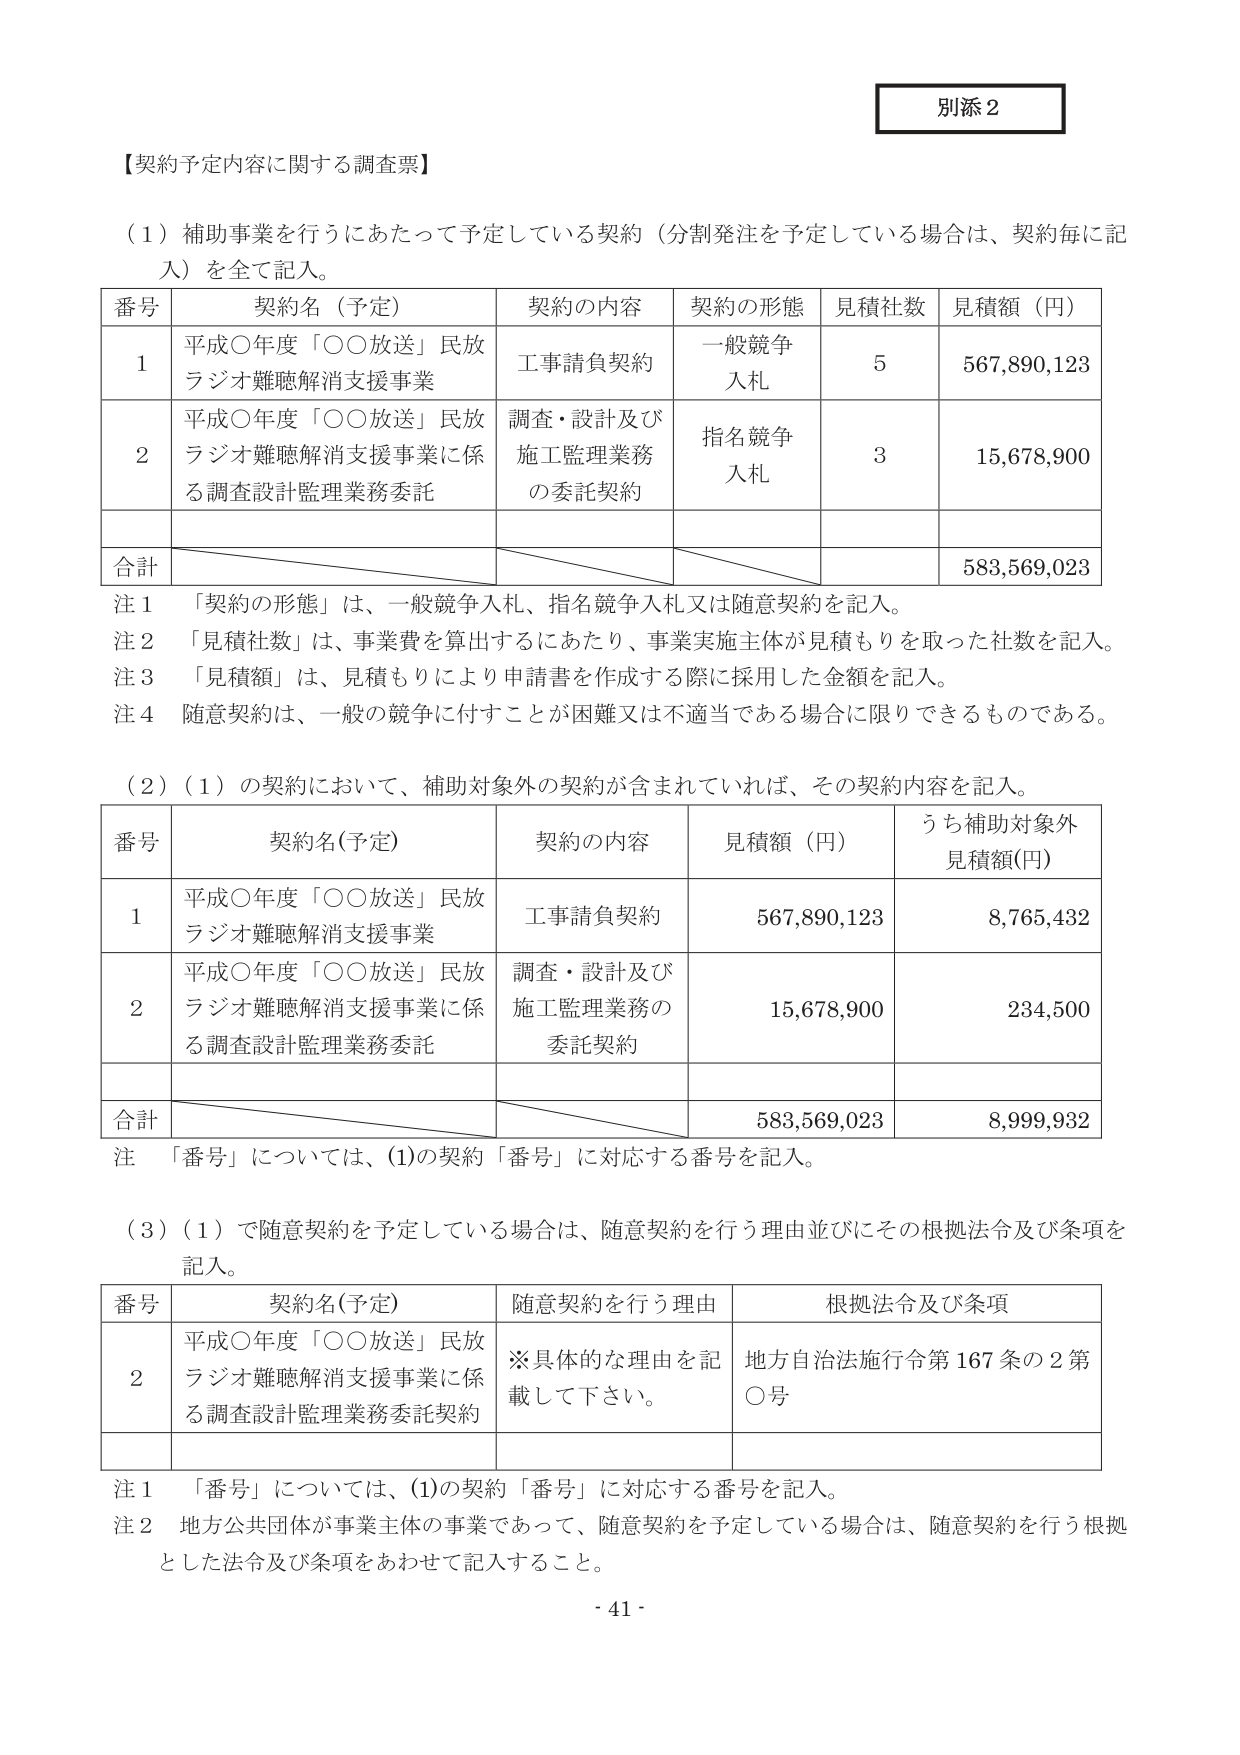
別添２

【契約予定内容に関する調査票】

（１）補助事業を行うにあたって予定している契約（分割発注を予定している場合は、契約毎に記入）を全て記入。

番号　契約名（予定）　契約の内容　契約の形態　見積社数　見積額（円）
1　平成〇年度「〇〇放送」民放ラジオ難聴解消支援事業　工事請負契約　一般競争入札　5　567,890,123
2　平成〇年度「〇〇放送」民放ラジオ難聴解消支援事業に係る調査設計監理業務委託　調査・設計及び施工監理業務の委託契約　指名競争入札　3　15,678,900
合計